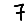
Digit: 7